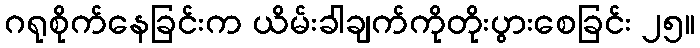
ဂရုစိုက်နေခြင်းက ယိမ်းခါချက်ကိုတိုးပွားစေခြင်း ၂၅။